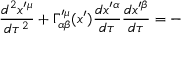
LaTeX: \frac { d ^ { 2 } x ^ { \prime \mu } } { d \tau ^ { 2 } } + \Gamma _ { \alpha \beta } ^ { \prime \mu } ( x ^ { \prime } ) \frac { d x ^ { \prime \alpha } } { d \tau } \frac { d x ^ { \prime \beta } } { d \tau } = -